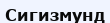
Сигизмунд